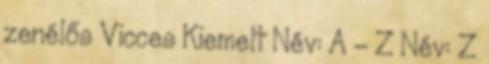
zenélős Vicces Kiemelt Név: A - Z Név: Z